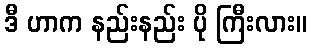
ဒီ ဟာက နည်းနည်း ပို ကြီးလား။